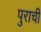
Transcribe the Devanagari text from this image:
पुराची